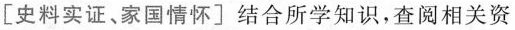
[史料实证、家国情怀]结合所学知识，查阅相关资